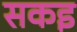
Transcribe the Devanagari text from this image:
सकइ